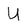
Character: U